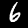
Digit: 6